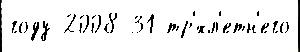
году 2008 31 тр'́хл'етн'его